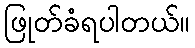
ဖြုတ်ခံရပါတယ်။